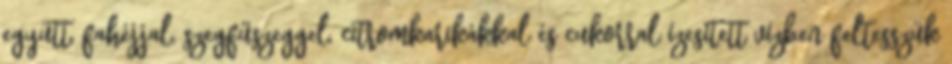
együtt, fahéjjal, szegfűszeggel, citromkarikákkal és cukorral ízesített vízben feltesszük